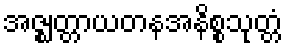
အဇ္ဈတ္တာယတနအနိစ္စသုတ္တံ